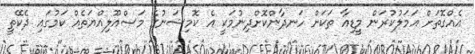
އެއްގޮތަށް އަމަލުކުރަން މީޑިއާ ތަކަށް ހަނދާންކޮށްދިނުމަކީ އެ ކޮމިޝަނުގެ މަސްއޫލިއްޔަތެއް ކަމުގައި ދެކޭތީ